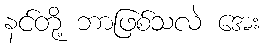
နင်တို့ ဘာဖြစ်သလဲ အေး